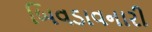
બિવડાવનારી